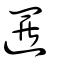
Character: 邏